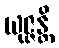
ယုဇ္ဇန္တိ